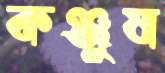
কঞ্জুষ